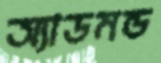
অ্যাডমন্ড